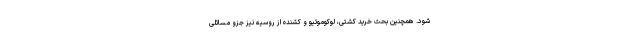
شود. همچنین بحث خرید کشتی، لوکوموتیو و کشنده از روسیه نیز جزو مسائلی